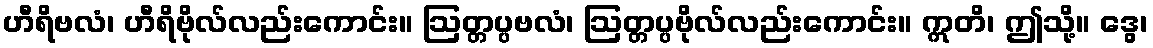
ဟီရိဗလံ၊ ဟီရိဗိုလ်လည်းကောင်း။ ဩတ္တပ္ပဗလံ၊ ဩတ္တပ္ပဗိုလ်လည်းကောင်း။ ဣတိ၊ ဤသို့။ ဒွေ၊